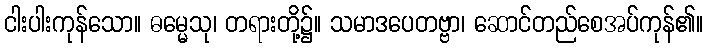
ငါးပါးကုန်သော။ ဓမ္မေသု၊ တရားတို့၌။ သမာဒပေတဗ္ဗာ၊ ဆောင်တည်စေအပ်ကုန်၏။